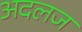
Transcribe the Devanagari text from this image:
अदलज